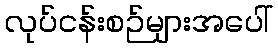
လုပ်ငန်းစဉ်များအပေါ်